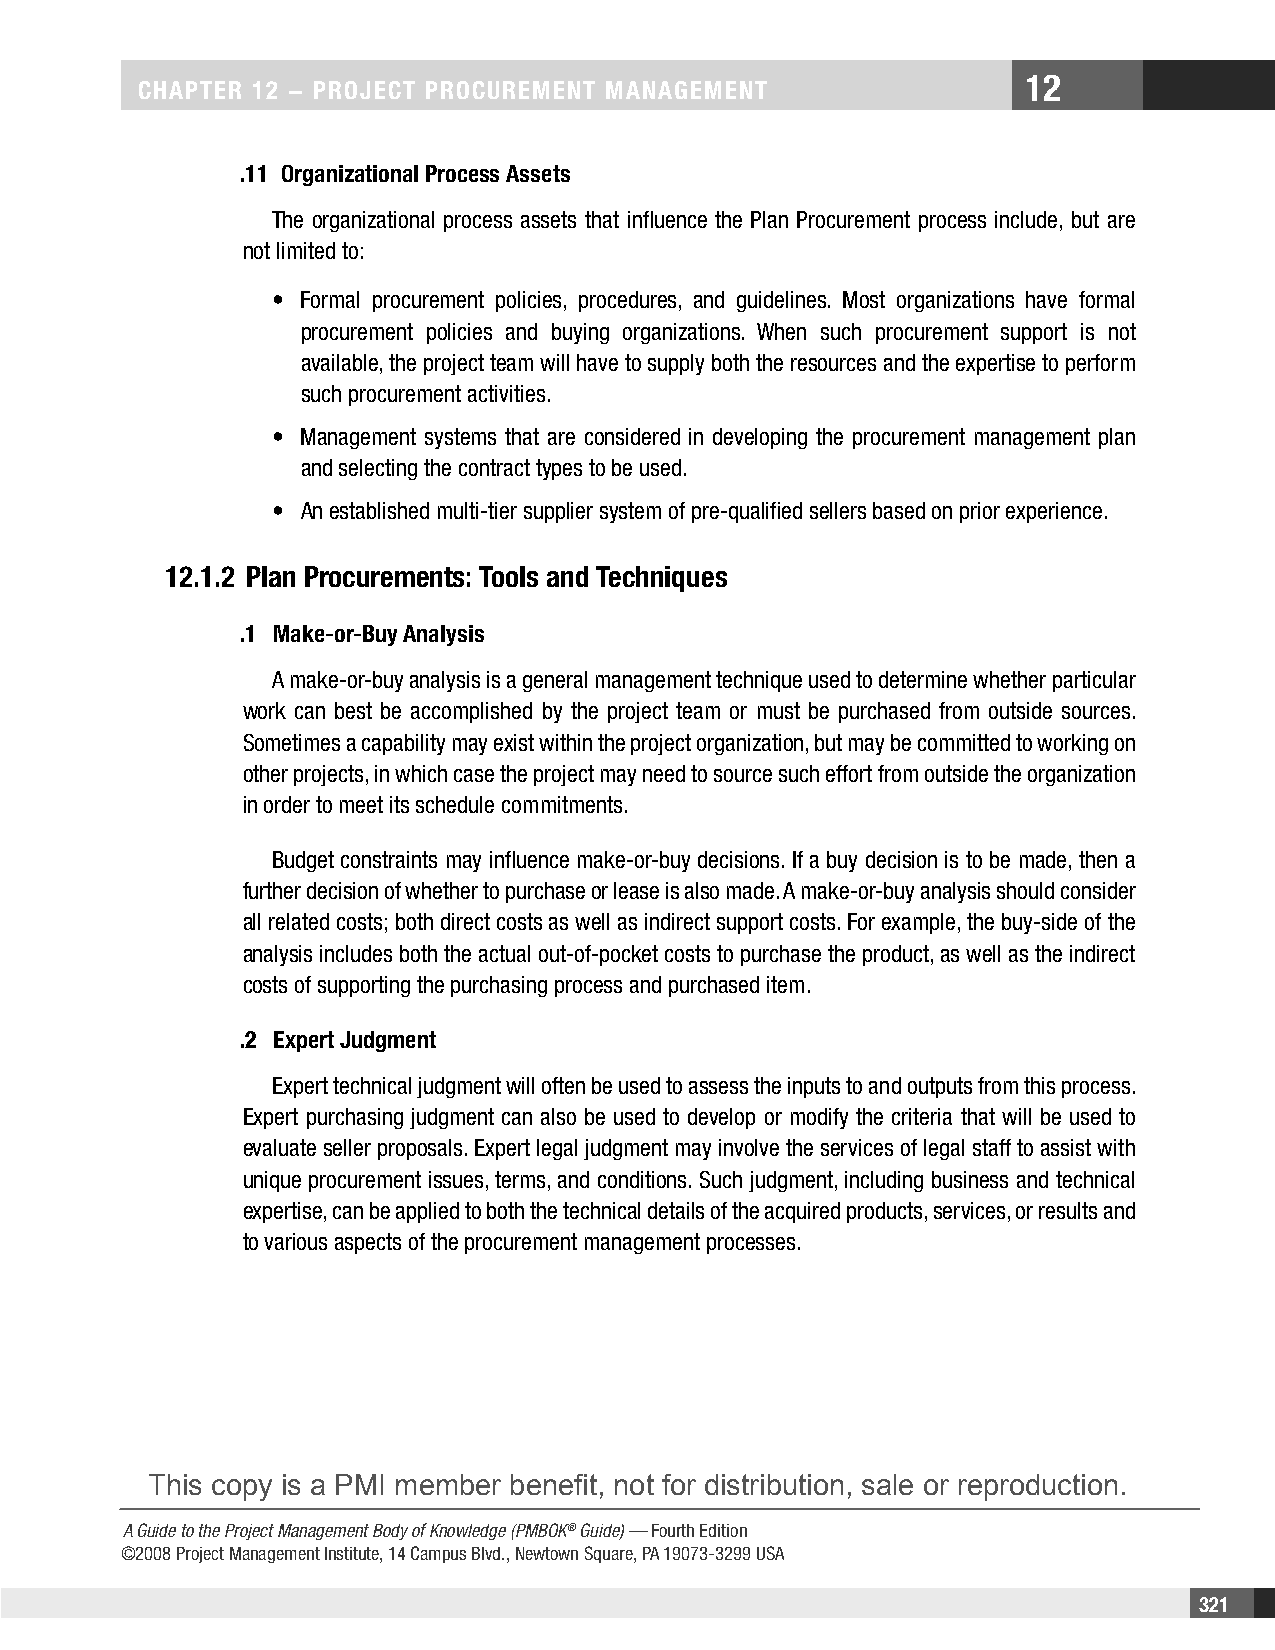
12
 CHAPTER 12 − PROjECT PROCuREMEnT MAnAgEMEnT
 .11 Organizational Process Assets
 The organizational process assets that influence the Plan Procurement process include, but are
 not limited to:
 • Formal procurement policies, procedures, and guidelines. Most organizations have formal
 procurement policies and buying organizations. When such procurement support is not
 available, the project team will have to supply both the resources and the expertise to perform
 such procurement activities.
 • Management systems that are considered in developing the procurement management plan
 and selecting the contract types to be used.
 • An established multi-tier supplier system of pre-qualified sellers based on prior experience.
 12.1.2 Plan Procurements: Tools and Techniques
 .1 Make-or-Buy Analysis
 A make-or-buy analysis is a general management technique used to determine whether particular
 work can best be accomplished by the project team or must be purchased from outside sources.
 Sometimes a capability may exist within the project organization, but may be committed to working on
 other projects, in which case the project may need to source such effort from outside the organization
 in order to meet its schedule commitments.
 Budget constraints may influence make-or-buy decisions. If a buy decision is to be made, then a
 further decision of whether to purchase or lease is also made. A make-or-buy analysis should consider
 all related costs; both direct costs as well as indirect support costs. For example, the buy-side of the
 analysis includes both the actual out-of-pocket costs to purchase the product, as well as the indirect
 costs of supporting the purchasing process and purchased item.
 .2 Expert judgment
 Expert technical judgment will often be used to assess the inputs to and outputs from this process.
 Expert purchasing judgment can also be used to develop or modify the criteria that will be used to
 evaluate seller proposals. Expert legal judgment may involve the services of legal staff to assist with
 unique procurement issues, terms, and conditions. Such judgment, including business and technical
 expertise, can be applied to both the technical details of the acquired products, services, or results and
 to various aspects of the procurement management processes.
 This copy is a PMI member benefit, not for distribution, sale or reproduction.
 A Guide to the Project Management Body of Knowledge (PMBOK® Guide) — Fourth Edition
 ©2008 Project Management Institute, 14 Campus Blvd., Newtown Square, PA 19073-3299 USA
 321